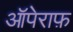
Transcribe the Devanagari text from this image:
ऑपेराफ़